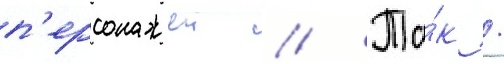
п'ерсонажеи // Та́к /